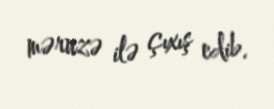
məruzə ilə çıxış edib.